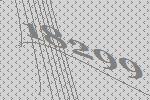
18299